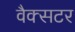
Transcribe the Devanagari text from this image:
वैक्सटर